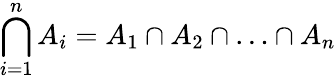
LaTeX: \bigcap_{i=1}^{n}A_{i}=A_{1}\cap A_{2}\cap\ldots\cap A_{n}